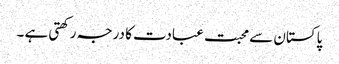
پاکستان سے محبت عبادت کا درجہ رکھتی ہے ۔